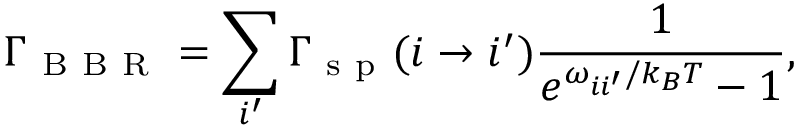
\Gamma _ { \mathrm { ~ B ~ B ~ R ~ } } = \sum _ { i ^ { \prime } } \Gamma _ { \mathrm { ~ s ~ p ~ } } ( i \to i ^ { \prime } ) \frac { 1 } { e ^ { \omega _ { i i ^ { \prime } } / k _ { B } T } - 1 } ,